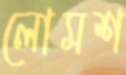
লোমশ